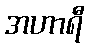
အဟာရီ